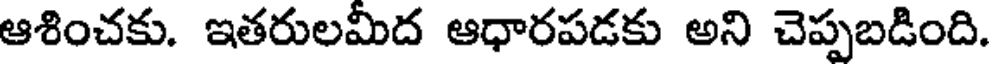
ఆశించకు. ఇతరులమీద ఆధారపడకు అని చెప్పబడింది.